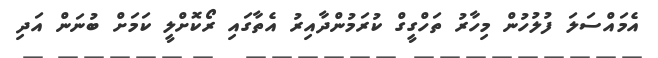
އެމައްސަލަ ފުލުހުން މިހާރު ތަހްގީގް ކުރަމުންދާއިރު އެތާގައި ރޯކޮށްލީ ކަމަށް ބުނަން އަދި